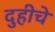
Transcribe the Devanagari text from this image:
दुहीचे